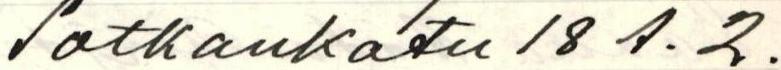
Sotkankatu 18 A. 2.